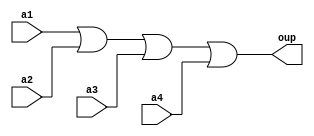
`timescale 1ns / 1ps
//////////////////////////////////////////////////////////////////////////////////
// Company: 
// Engineer: 
// 
// Design Name: 
// Module Name: huo4
// Project Name: 
// Target Devices: 
// Tool Versions: 
// Description: 
// 
// Dependencies: 
// 
// Revision:
// Revision 0.01 - File Created
// Additional Comments:
// 
//////////////////////////////////////////////////////////////////////////////////


module huo4(
    input a1,
    input a2,
    input a3,
    input a4,
    output oup
    );
    assign oup=a1|a2|a3|a4;
endmodule